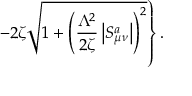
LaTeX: \left. - 2 \zeta \sqrt { 1 + \left( \frac { \Lambda ^ { 2 } } { 2 \zeta } \left| S _ { \mu \nu } ^ { a } \right| \right) ^ { 2 } } \right\} .